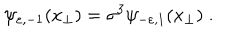
LaTeX: \psi _ { \varepsilon , - 1 } ( x _ { \perp } ) = \sigma ^ { 3 } \psi _ { - \varepsilon , 1 } ( x _ { \perp } ) \; .